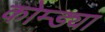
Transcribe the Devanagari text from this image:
कोम्ड्या